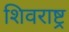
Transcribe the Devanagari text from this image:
शिवराष्ट्र